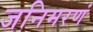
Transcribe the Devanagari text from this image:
जनिमरणं